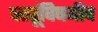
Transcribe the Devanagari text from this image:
वस्तूंविषयीच